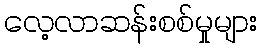
လေ့လာဆန်းစစ်မှုများ